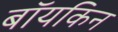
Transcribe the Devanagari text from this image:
बॉयकिन